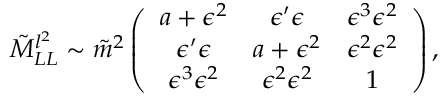
\tilde { M } _ { L L } ^ { l ^ { 2 } } \sim \tilde { m } ^ { 2 } \left( \begin{array} { c c c } { { a + \epsilon ^ { 2 } } } & { { \epsilon ^ { \prime } \epsilon } } & { { \epsilon ^ { 3 } \epsilon ^ { 2 } } } \\ { { \epsilon ^ { \prime } \epsilon } } & { { a + \epsilon ^ { 2 } } } & { { \epsilon ^ { 2 } \epsilon ^ { 2 } } } \\ { { \epsilon ^ { 3 } \epsilon ^ { 2 } } } & { { \epsilon ^ { 2 } \epsilon ^ { 2 } } } & { { 1 } } \end{array} \right) ,